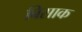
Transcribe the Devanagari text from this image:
बिसाक